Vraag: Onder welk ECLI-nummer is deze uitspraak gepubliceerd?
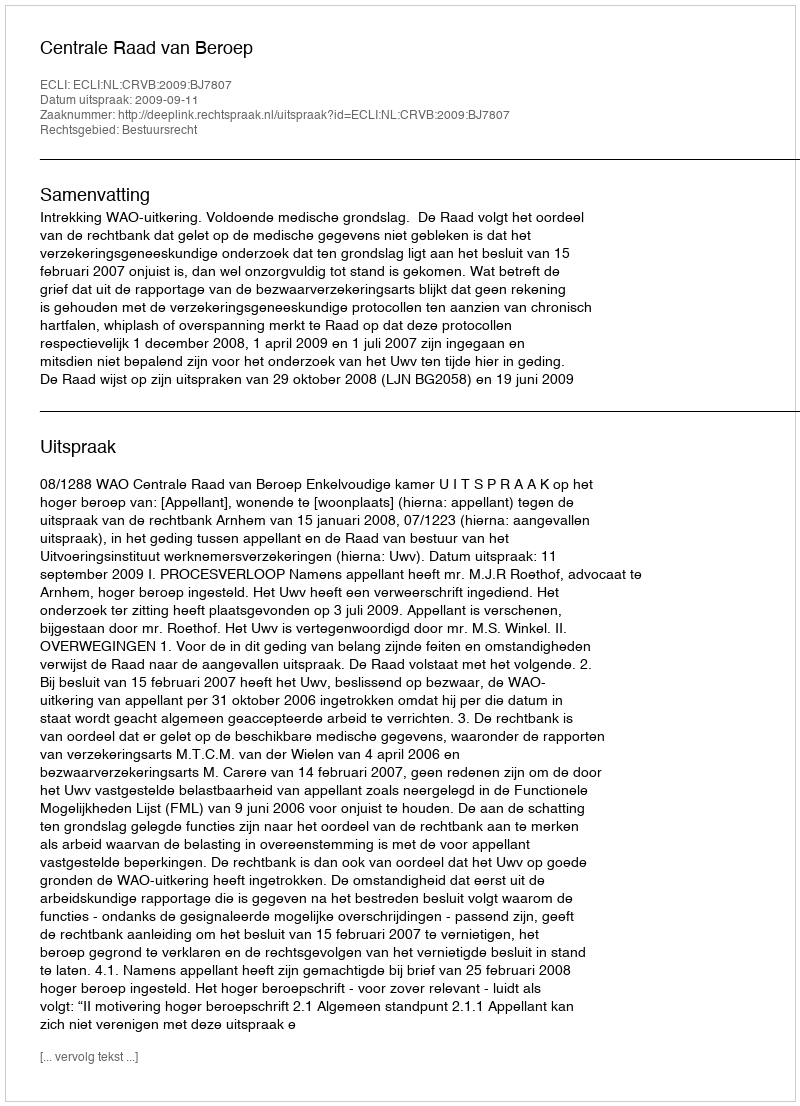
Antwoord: ECLI:NL:CRVB:2009:BJ7807